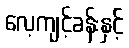
လေ့ကျင့်ခန်းနှင့်